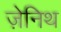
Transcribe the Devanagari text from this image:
ज़ेनिथ